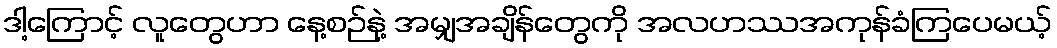
ဒါ့ကြောင့် လူတွေဟာ နေ့စဉ်နဲ့ အမျှအချိန်တွေကို အလဟဿအကုန်ခံကြပေမယ့်